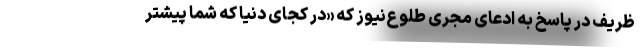
ظریف در پاسخ به ادعای مجری طلوع‌نیوز که «در کجای دنیا که شما پیشتر